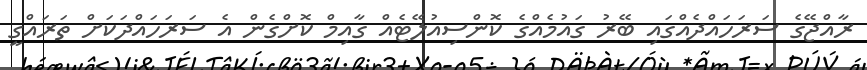
ރާއްޖޭގެ ސަރަހައްދެއްގައި ބޭރު ގައުމެއްގެ ކޮންސިއުލޭޓެއް ގާއިމް ކޮށްގެން އެ ސަރަހައްދަކަށް ތަރައްގީ